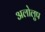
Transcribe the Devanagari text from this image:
अलोलुप